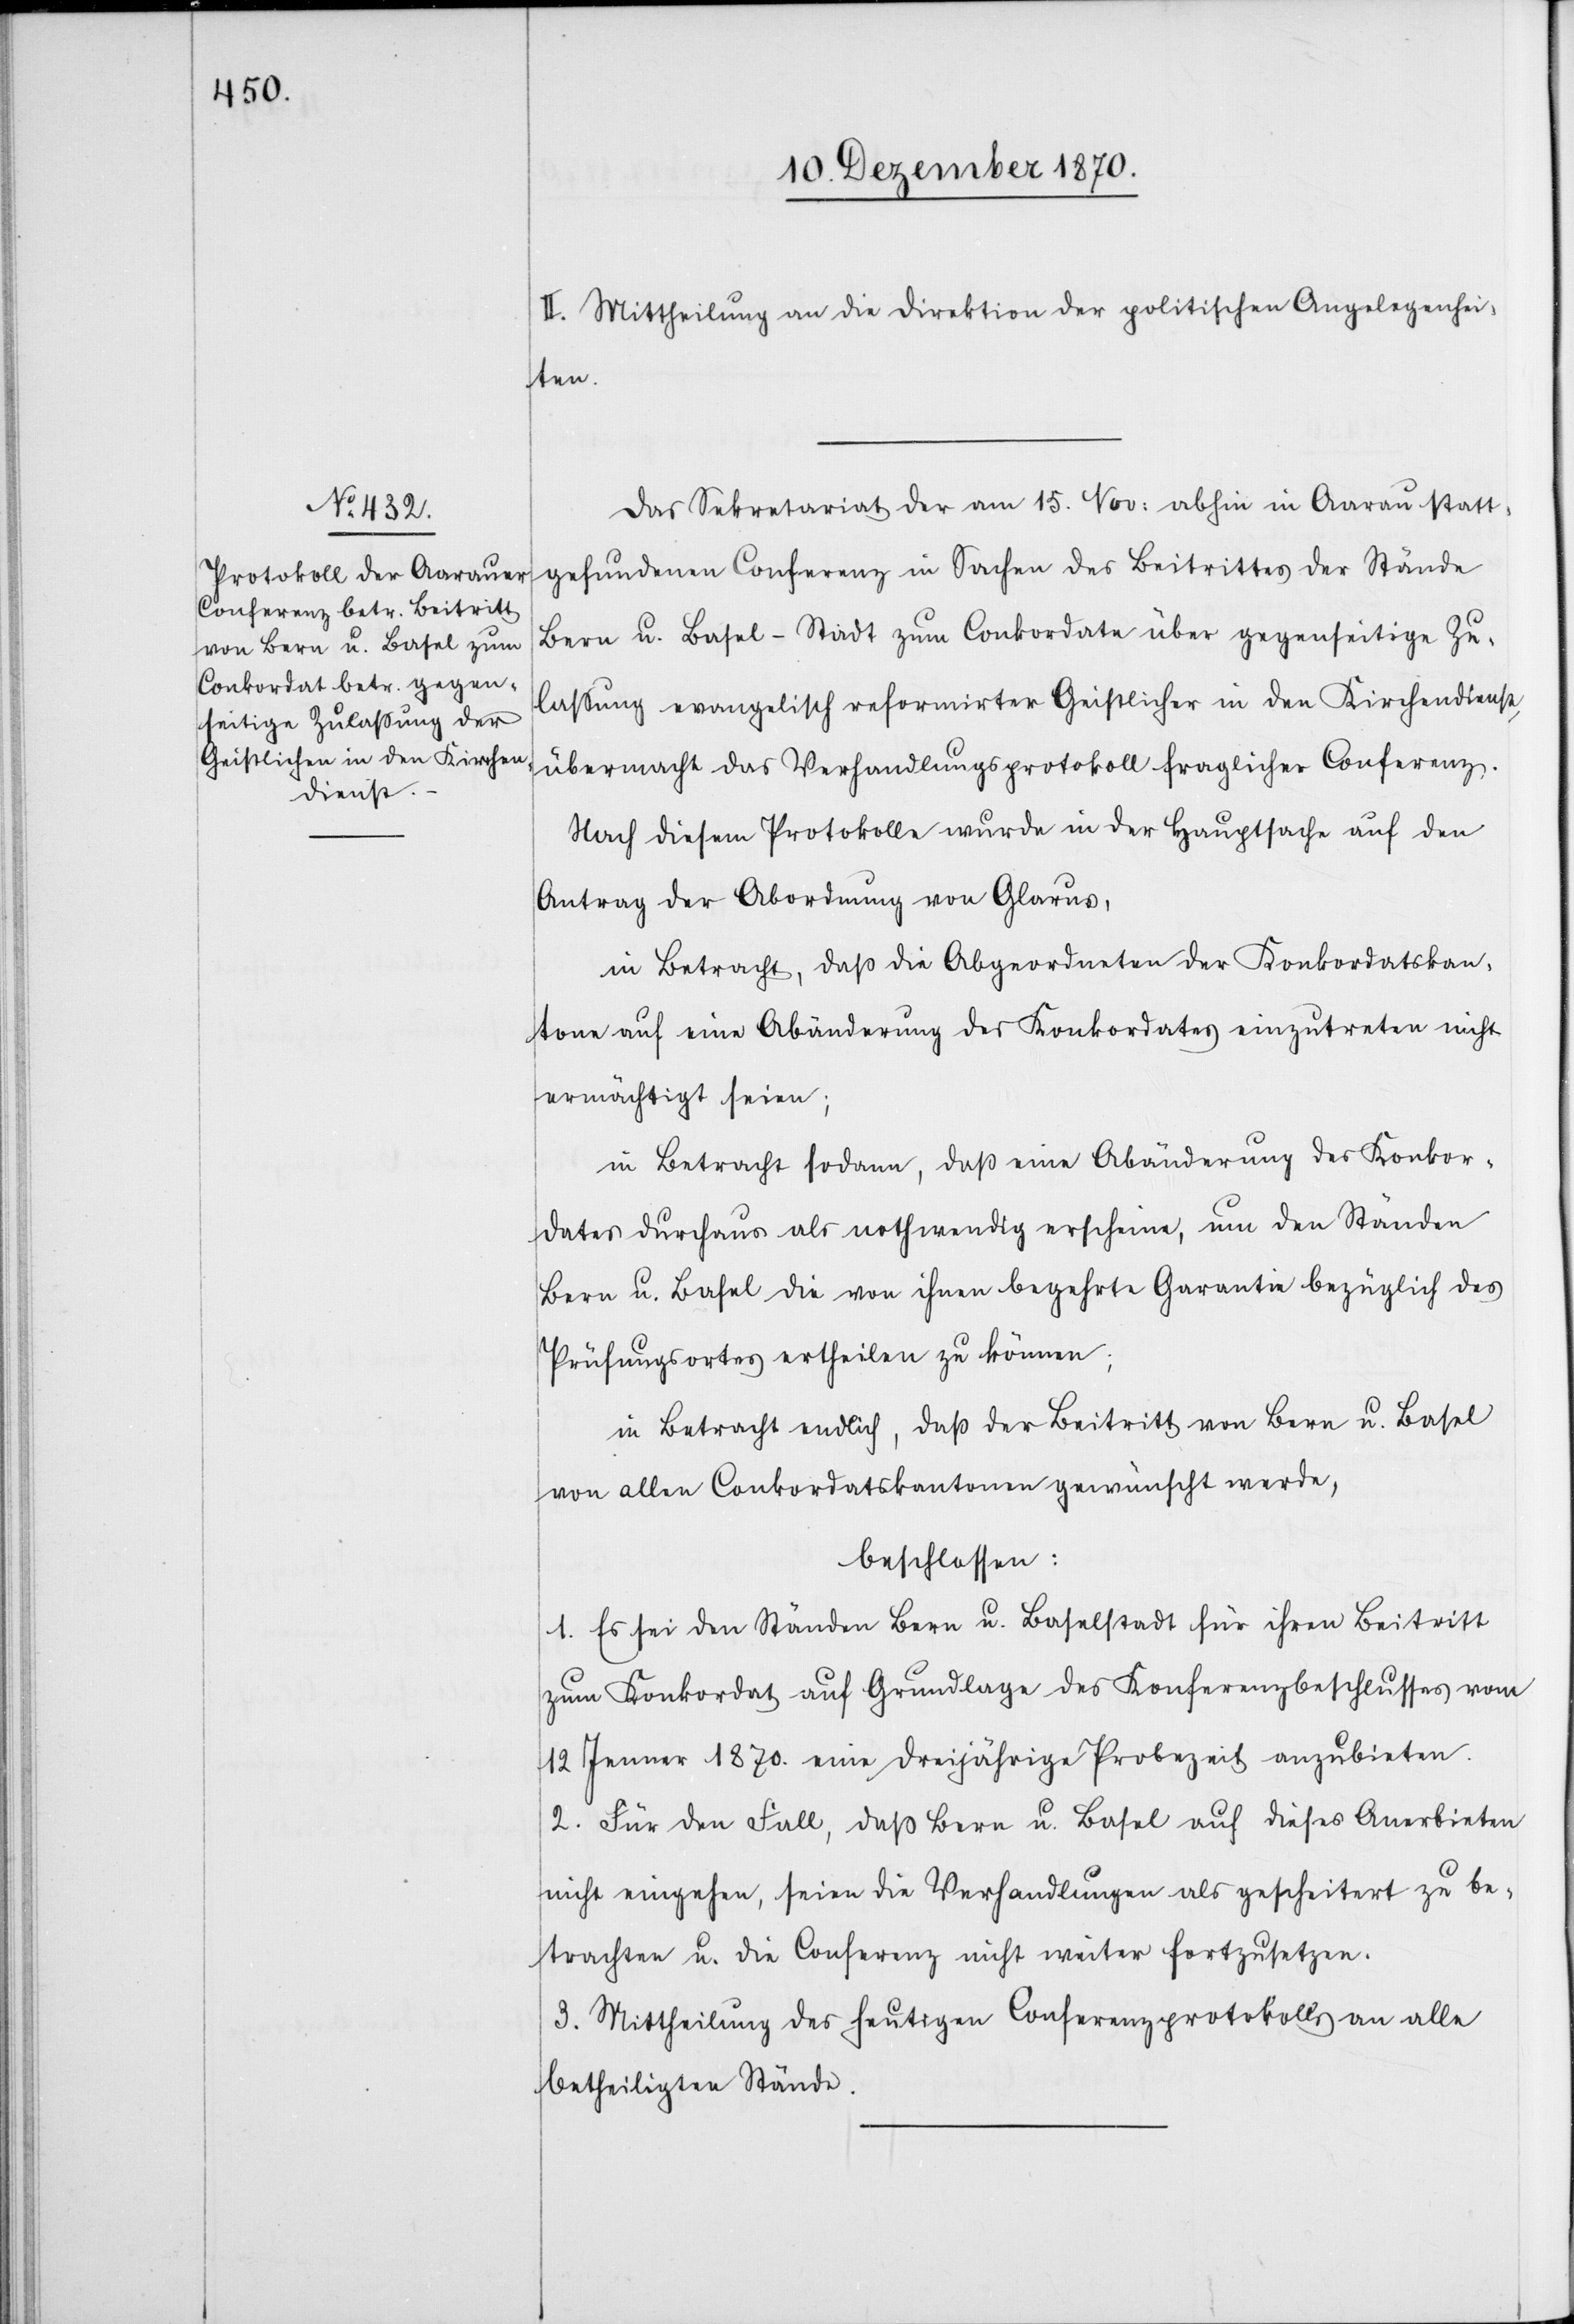
II. Mittheilung an die Direktion der politischen Angelegenhei¬
ten.
Das Sekretariat der am 15. Nov: abhin in Aarau statt¬
gefundenen Conferenz in Sachen des Beitrittes der Stände
Bern u. Basel-Stadt zum Conkordate über gegenseitige Zu¬
lassung evangelisch reformirter Geistlicher in den Kirchendienst,
übermacht das Verhandlungsprotokoll fraglicher Conferenz.
Nach diesem Protokolle wurde in der Hauptsache auf den
Antrag der Abordnung von Glarus,
in Betracht, daß die Abgeordneten der Konkordatskan¬
tone auf eine Abänderung des Konkordates einzutreten nicht
ermächtigt seien;
in Betracht sodann, daß eine Abänderung des Konkor¬
dates durchaus als nothwendig erscheine, um den Ständen
Bern u. Basel die von ihnen begehrte Garantie bezüglich des
Prüfungsortes ertheilen zu können;
in Betracht endlich, daß der Beitritt von Bern u. Basel
von allen Conkordatskantonen gewünscht werde,
beschlossen:
1. Es sei den Ständen Bern u. Baselstadt für ihren Beitritt
zum Konkordat auf Grundlage des Konferenzbeschlusses vom
12 Jenner 1870. eine dreijährige Probezeit anzubieten.
2. Für den Fall, daß Bern u. Basel auf dieses Anerbieten
nicht eingehen, seien die Verhandlungen als gescheitert zu be¬
trachten u. die Conferenz nicht weiter fortzusetzen.
3. Mittheilung des heutigen Conferenzprotokolls an alle
betheiligten Stände.